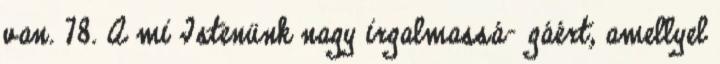
van. 78. A mi Istenünk nagy irgalmassá− gáért, amellyel